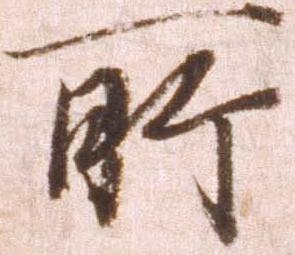
所